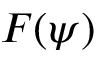
F ( \psi )